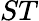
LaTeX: ST